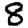
Digit: 8